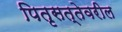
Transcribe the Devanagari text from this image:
पितृसत्तेवरील